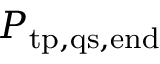
P _ { \mathrm { t p , q s , e n d } }